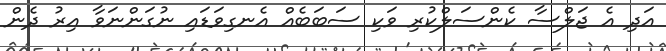
އަދި އެ ޖަލްސާ ކެންސަލްކުރި ވަކި ސަބަބެއް އެނގިވަޑައި ނުގަންނަވާ އިރު ދެން